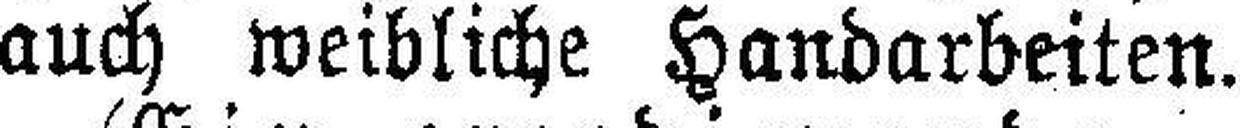
auch weibliche Handarbeiten.